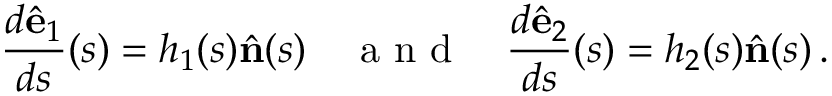
\frac { d \hat { \mathbf { e } } _ { 1 } } { d s } ( s ) = h _ { 1 } ( s ) \hat { \mathbf { n } } ( s ) \quad \mathrm { ~ a ~ n ~ d ~ } \quad \frac { d \hat { \bf e } _ { 2 } } { d s } ( s ) = h _ { 2 } ( s ) \hat { \bf n } ( s ) \, .